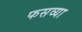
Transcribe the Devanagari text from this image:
फसव्या